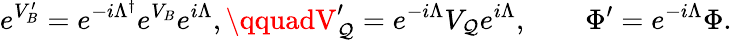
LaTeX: e^{V_{B}^{\prime}}=e^{-i\Lambda^{\dagger}}e^{V_{B}}e^{i\Lambda},\qquadV_{\mathcal{Q}}^{\prime}=e^{-i\Lambda}V_{\mathcal{Q}}e^{i\Lambda},\qquad\Phi^{\prime}=e^{-i\Lambda}\Phi.